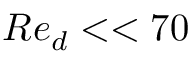
R e _ { d } < < 7 0